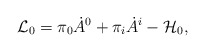
\begin{align*}{\cal L}_{0} = \pi_{0}\dot{A}^{0}+\pi_i \dot{A}^i - {\cal H}_{0},\end{align*}